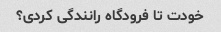
خودت تا فرودگاه رانندگی کردی؟